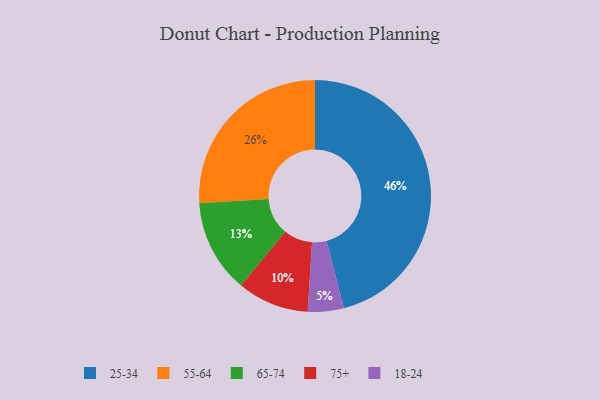
{"axis": {"x": "Category", "y": "Percentage"}, "legend": ["18-24", "25-34", "55-64", "65-74", "75+"], "data": [{"x": "75+", "y": 10, "type": "75+"}, {"x": "55-64", "y": 26, "type": "55-64"}, {"x": "65-74", "y": 13, "type": "65-74"}, {"x": "25-34", "y": 46, "type": "25-34"}, {"x": "18-24", "y": 5, "type": "18-24"}]}